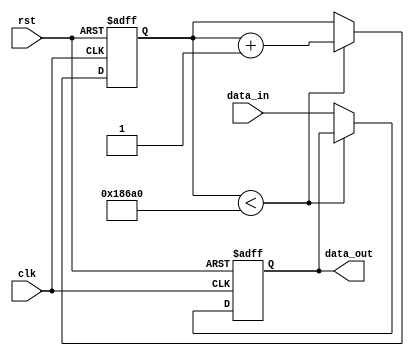
module latch_delay (
    input wire clk,    // Clock signal
    input wire rst,    // Reset signal
    input wire data_in, // Input data signal
    output reg data_out // Output data signal
);

reg [31:0] delay_counter; // 32-bit counter for delay

always @(posedge clk or posedge rst) begin
    if (rst) begin
        delay_counter <= 0;
        data_out <= 0;
    end else begin
        if (delay_counter < 100000) begin // Delay of 100,000 clock cycles
            delay_counter <= delay_counter + 1;
        end else begin
            data_out <= data_in; // Pass input data to output after delay
        end
    end
end

endmodule